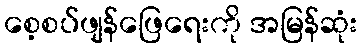
စေ့စပ်ဖျန်ဖြေရေးကို အမြန်ဆုံး